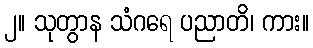
၂။ သုတွာန သံဂရေ ပညာတိ၊ ကား။